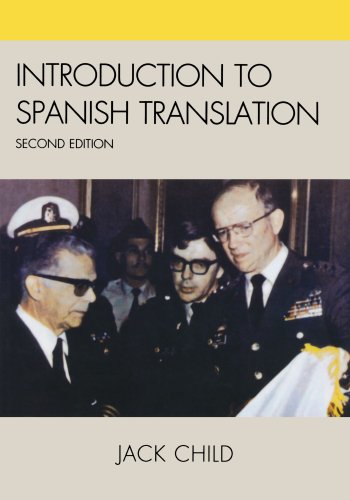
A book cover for Introduction to Spanish Translation; Jack Child; Reference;